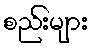
စည်းများ